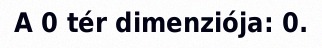
A 0 tér dimenziója: 0.